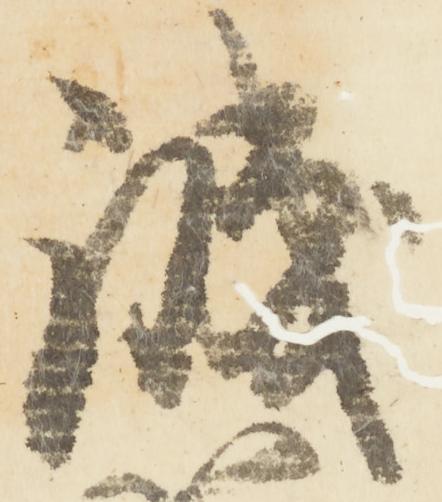
誠